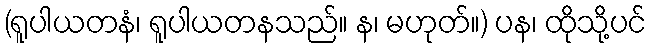
(ရူပါယတနံ၊ ရူပါယတနသည်။ န၊ မဟုတ်။) ပန၊ ထိုသို့ပင်